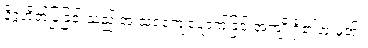
နိဂ္ဂဟိတ်ပြုခြင်းသည် အ သရကျေပျောက်ခြင်းအကျိုးရှိ၏ဟု မှတ်။